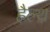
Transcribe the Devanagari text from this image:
हैल्‍थ